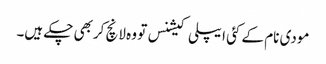
مودی نام کے کئی ایپلی کیشنس تو وہ لانچ کربھی چکے ہیں۔